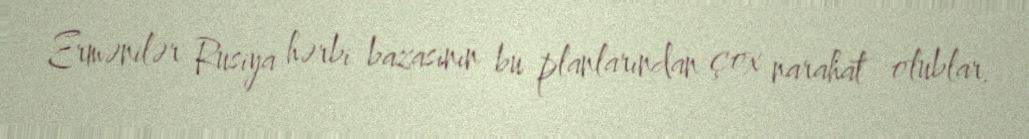
Ermənilər Rusiya hərbi bazasının bu planlarından çox narahat olublar.